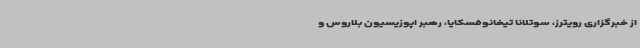
از خبرگزاری رویترز، سوتلانا تیخانوفسکایا، رهبر اپوزیسیون بلاروس و